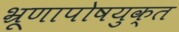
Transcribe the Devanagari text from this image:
भ्रूणापोषयुक्त